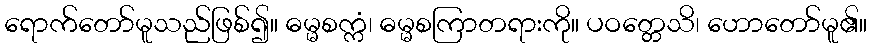
ရောက်တော်မူသည်ဖြစ်၍။ ဓမ္မစက္ကံ၊ ဓမ္မစကြာတရားကို။ ပဝတ္တေသိ၊ ဟောတော်မူ၏။